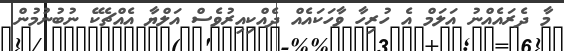
މާ ދެރައެއްނު އަލަމް އެ ހުރިހާ ވާހަކައެއް ދެއްކިއިރުވެސް އަލްޔާ އެއްޗެކޭ ނުބުނުމުން